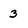
Character: 3